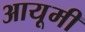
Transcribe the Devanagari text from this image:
आयूमी